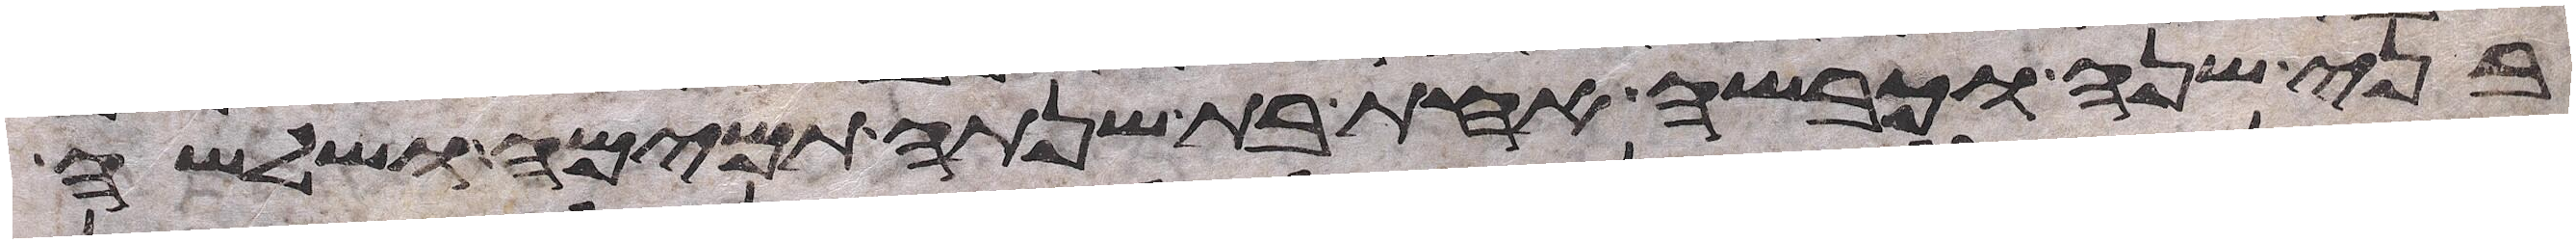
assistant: בני שנה וכבשה אחת בת שנתה תמימה ושלשה